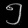
Digit: ၅